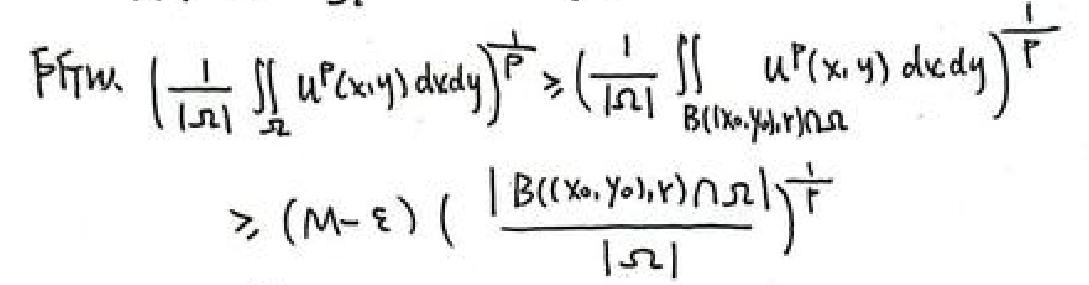
\[
\begin{align*}
&\text{First, } \left(\frac{1}{|\Omega|}\iint_{\Omega} u^{p}(x,y)\mathrm{d}x\mathrm{d}y\right)^{\frac{1}{p}}\geqslant\left(\frac{1}{|\Omega|}\iint_{B((x_0,y_0),r)\cap\Omega} u^{p}(x,y)\mathrm{d}x\mathrm{d}y\right)^{\frac{1}{p}}\\
&\geqslant (M - \varepsilon)\left(\frac{|B((x_0,y_0),r)\cap\Omega|}{|\Omega|}\right)^{\frac{1}{p}}
\end{align*}
\]